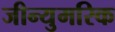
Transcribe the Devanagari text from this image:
जीन्युमरिक